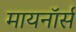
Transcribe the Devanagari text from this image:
मायनॉर्स